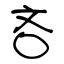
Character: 吝